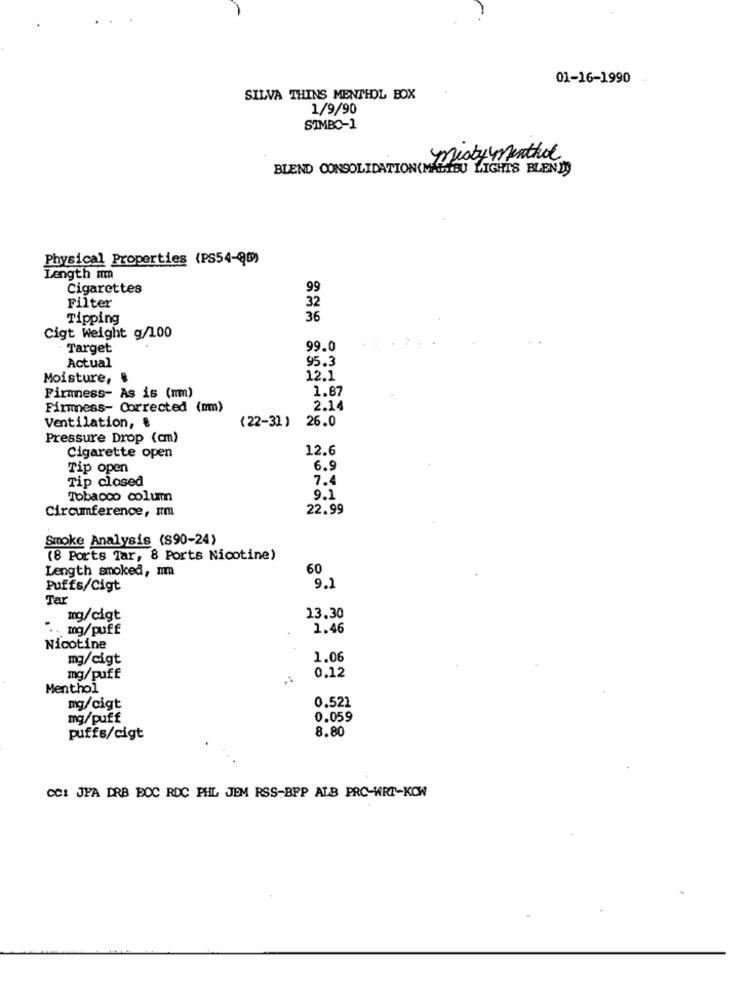
01-16-1990
SILVA THINS MENTHOL BOX
1/9/90
SIMBO-1
meaty menthol
BLEND CONSOLIDATION(MALIBU LIGHTS BLEND
Physical Properties (PS54-88)
Length mm
Cigarettes
99
Filter
32
Tipping
36
Cigt Weight g/100
Target
99.0
95.3
Actual
Moisture, &
12.1
Firmness- As is (mm)
1.67
Firmness- Corrected (nm)
2.14
Ventilation, &
26.0
(22-31 )
Pressure Drop (cm)
12.6
Cigarette open
Tip open
6.9
Tip closed
7.4
Tobacco column
9.1
Circumference, I'm
22.99
Smoke Analysis (S90-24)
(8 Ports Tar, 8 Ports Nicotine)
Length smoked, mm
60
Puffs/Cigt
9.1
Tar
mg/cigt
13.30
.. mg/puff
1.46
Nicotine
mg/cigt
1.06
0.12
mg/puff
Menthol
0.521
mg/cigt
mg/puff
0.059
8.80
puffs/cigt
CC: JFA DRB BOC RDC PHL JEM RSS-BPP ALB PRO-WRT-KOW